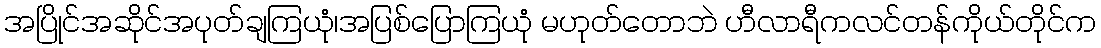
အပြိုင်အဆိုင်အပုတ်ချကြယုံ၊အပြစ်ပြောကြယုံ မဟုတ်တောဘဲ ဟီလာရီကလင်တန်ကိုယ်တိုင်က